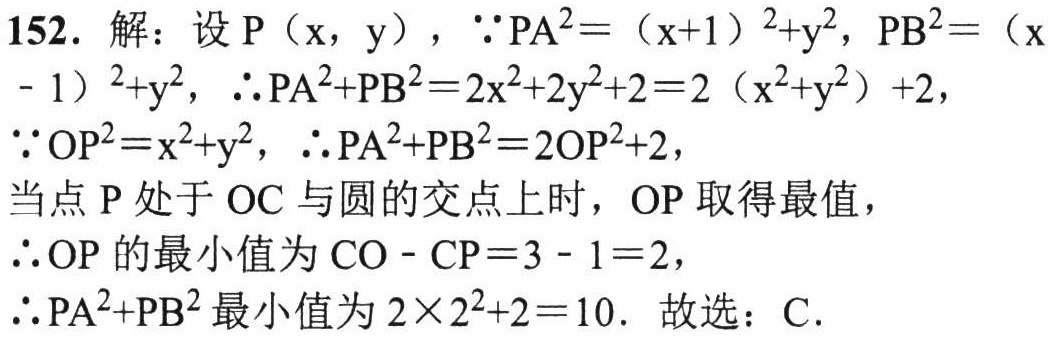
152. 解：设\(P(x,y)\)，\(\because PA^{2}=(x + 1)^{2}+y^{2}\)，\(PB^{2}=(x - 1)^{2}+y^{2}\)，\(\therefore PA^{2}+PB^{2}=2x^{2}+2y^{2}+2 = 2(x^{2}+y^{2})+2\)，
\(\because OP^{2}=x^{2}+y^{2}\)，\(\therefore PA^{2}+PB^{2}=2OP^{2}+2\)，
当点\(P\)处于\(OC\)与圆的交点上时，\(OP\)取得最值，
\(\therefore OP\)的最小值为\(CO - CP=3 - 1 = 2\)，
\(\therefore PA^{2}+PB^{2}\)最小值为\(2\times2^{2}+2 = 10\). 故选：C.